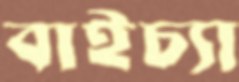
বাইচ্যা